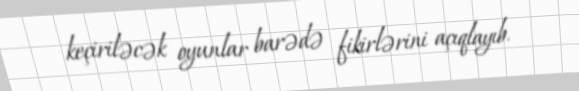
keçiriləcək oyunlar barədə fikirlərini açıqlayıb.